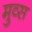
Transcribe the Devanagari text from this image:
मुव्स